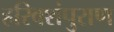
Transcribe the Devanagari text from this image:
हरिवशंपुराण